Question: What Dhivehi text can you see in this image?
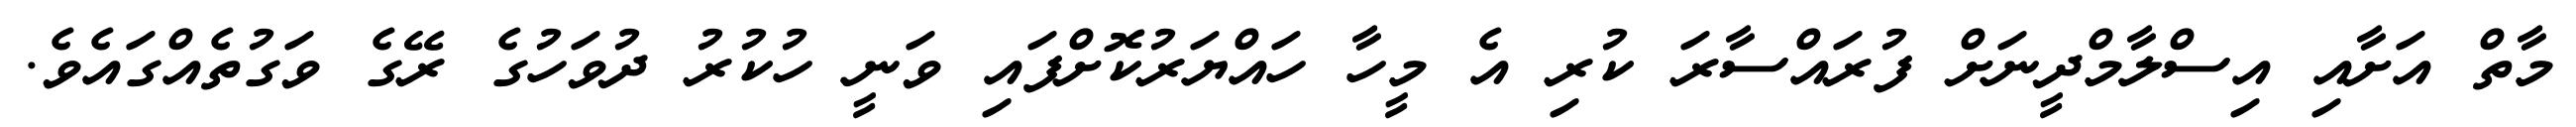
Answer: މާތް އަށާއި އިސްލާމްދީނަށް ފުރައްސާރަ ކުރި އެ މީހާ ހައްޔަރުކޮށްފައި ވަނީ ހުކުރު ދުވަހުގެ ރޭގެ ވަގުތެއްގައެވެ.